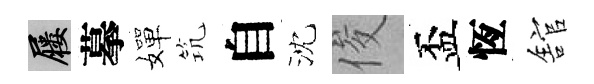
屨摹嬋𥬑自沈俊盃恆舘